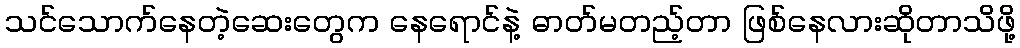
သင်သောက်နေတဲ့ဆေးတွေက နေရောင်နဲ့ ဓာတ်မတည့်တာ ဖြစ်နေလားဆိုတာသိဖို့